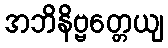
အဘိနိဗ္ဗတ္တေယျ